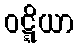
ဝဋ္ဋိယာ